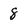
Character: 8